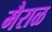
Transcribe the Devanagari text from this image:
मैराळ